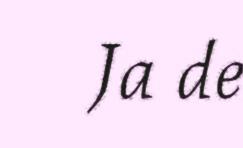
Ja de